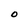
Character: O